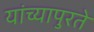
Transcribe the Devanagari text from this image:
यांच्यापुरते